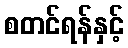
စတင်ရန်နှင့်